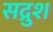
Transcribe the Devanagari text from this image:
सद्रुश